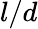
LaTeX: l/d